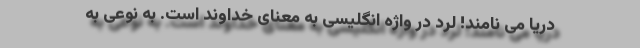
دریا می نامند! لرد در واژه انگلیسی به معنای خداوند است. به نوعی به